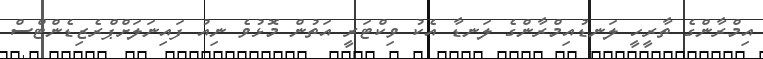
އިމްރާންގެ ތާރީހީ ލަނޑުއިމްރާންގެ ލަނޑާ އެކު ވިކްޓަރީ އަތުން މޮޅުވެ ނިއު ފައިނަލަށްޕްރެޒިޑެންޓްސް